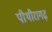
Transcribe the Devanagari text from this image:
पीथौरागढ़